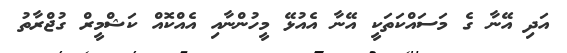
އަދި އޭނާ ގެ މަސައްކަތަކީ އޭނާ އެއުޅޭ މީހުންނާއި އެއްކޮއް ކަޝްމީރް ގުޖްރާތު